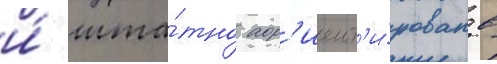
и́ шта́тно ор'иент'и́рован в